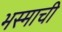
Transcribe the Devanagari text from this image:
भस्माची